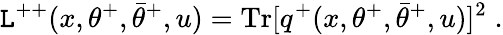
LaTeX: \mathtt{L}^{++}(x,\theta^{+},\bar{{\theta}}^{+},u)=\mathrm{{Tr}}[q^{+}(x,\theta^{+},\bar{{\theta}}^{+},u)]^{2}\; .